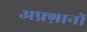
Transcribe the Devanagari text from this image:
अफ़्ग़ानों